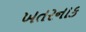
ખતરનાક